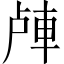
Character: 𲄴